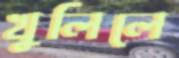
খুলিলে